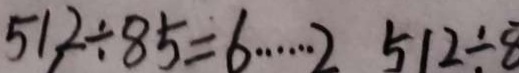
5 1 , 2 \div 8 5 = 6 \cdots 2 5 1 2 \div 8